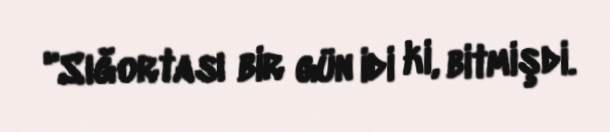
"Sığortası bir gün idi ki, bitmişdi.